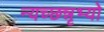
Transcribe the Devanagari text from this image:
न्यच्छन्नृभ्यो